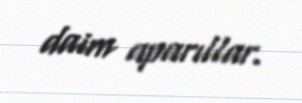
daim aparıllar.